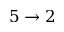
5 \to 2